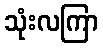
သုံးလကြာ